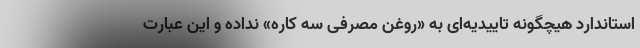
استاندارد هیچگونه تاییدیه‌ای به «روغن مصرفی سه کاره» نداده و این عبارت